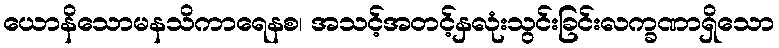
ယောနိသောမနသိကာရေနစ၊ အသင့်အတင့်နှလုံးသွင်းခြင်းလက္ခဏာရှိသော